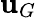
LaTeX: \mathbf{u}_{G}